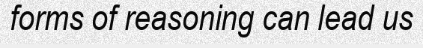
forms of reasoning can lead us